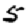
Digit: 5